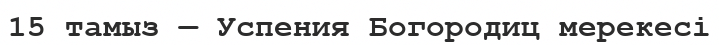
15 тамыз — Успения Богородиц мерекесі